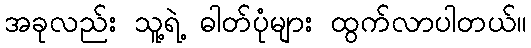
အခုလည်း သူ့ရဲ့ ဓါတ်ပုံများ ထွက်လာပါတယ်။